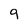
Character: 9